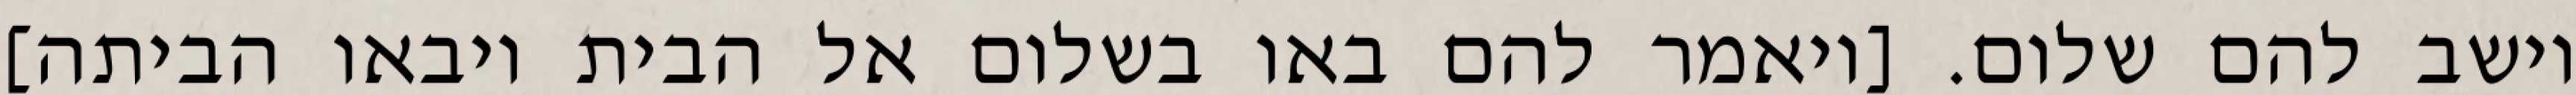
וישב להם שלום. [ויאמר להם באו בשלום אל הבית ויבאו הביתה]